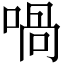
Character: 喎